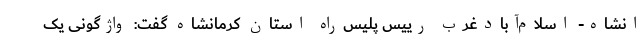
انشاه- اسلام‌آبادغرب رییس پلیس‌راه استان کرمانشاه گفت: واژگونی یک